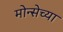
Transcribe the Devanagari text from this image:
मोन्सेच्या